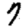
Digit: 7